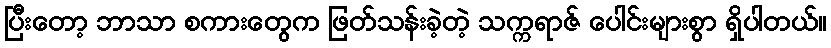
ပြီးတော့ ဘာသာ စကားတွေက ဖြတ်သန်းခဲ့တဲ့ သက္ကရာဇ် ပေါင်းများစွာ ရှိပါတယ်။